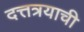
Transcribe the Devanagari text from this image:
दत्तत्रयाची